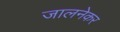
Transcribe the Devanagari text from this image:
जालनेकर